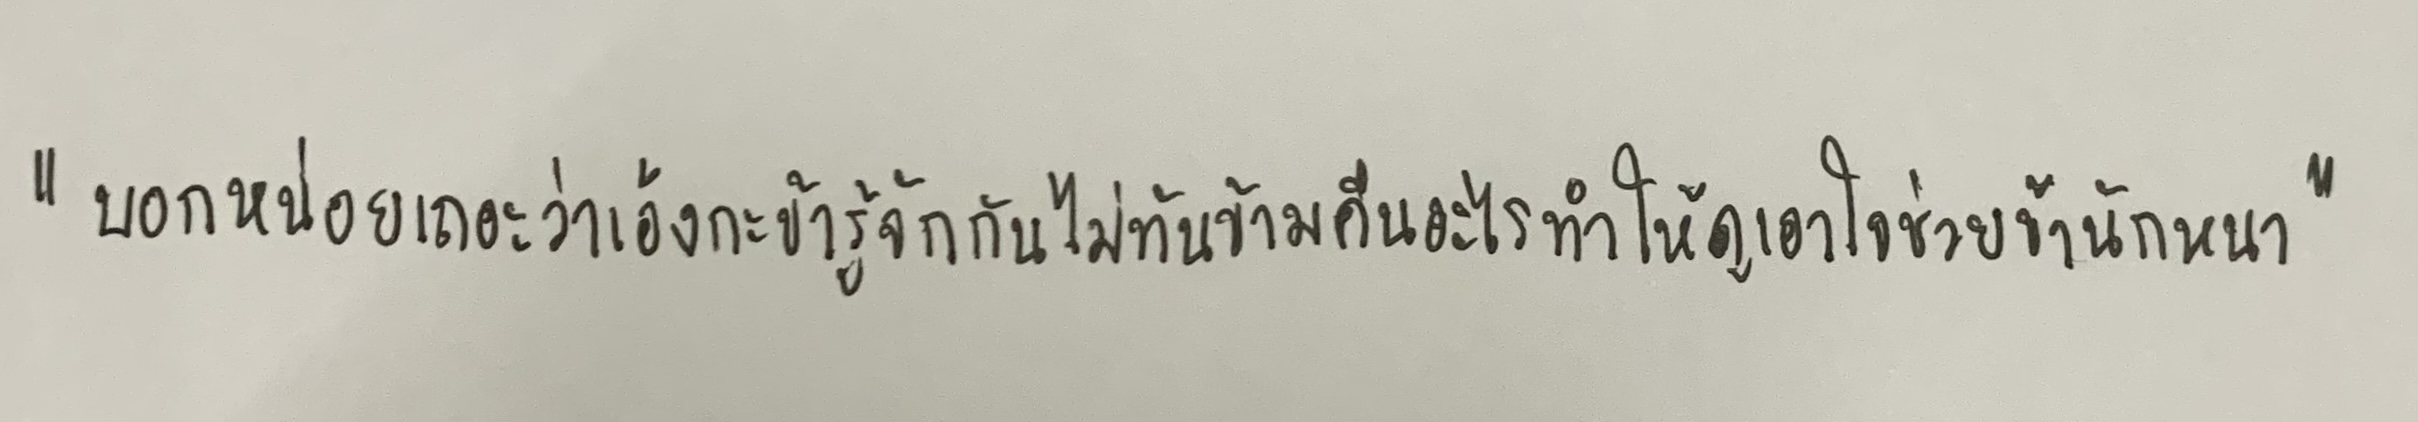
"บอกหน่อยเถอะว่าเอ็งกะข้ารู้จักกันไม่ทันข้ามคืนอะไรทำให้ดูเอาใจช่วยข้านักหนา"